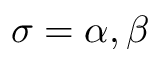
\sigma = \alpha , \beta